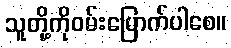
သူတို့ကိုဝမ်းမြောက်ပါစေ။